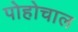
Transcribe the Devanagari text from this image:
पोहोचाल